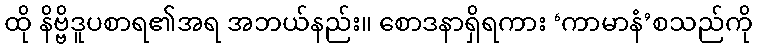
ထို နိဗ္ဗိဒူပစာရ၏အရ အဘယ်နည်း။ စောဒနာရှိရကား ‘ကာမာနံ’စသည်ကို